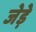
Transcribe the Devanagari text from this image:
जेड़े